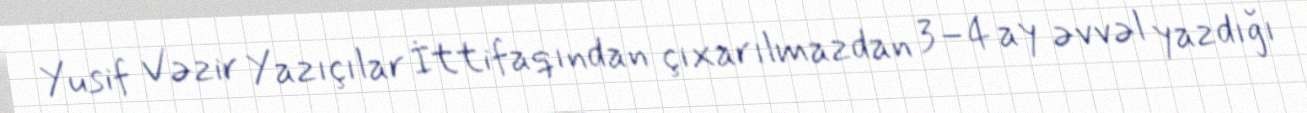
Yusif Vəzir Yazıçılar İttifaqından çıxarılmazdan 3–4 ay əvvəl yazdığı